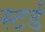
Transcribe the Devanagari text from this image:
स्टर्ड